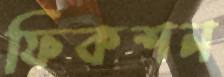
ফিকশন